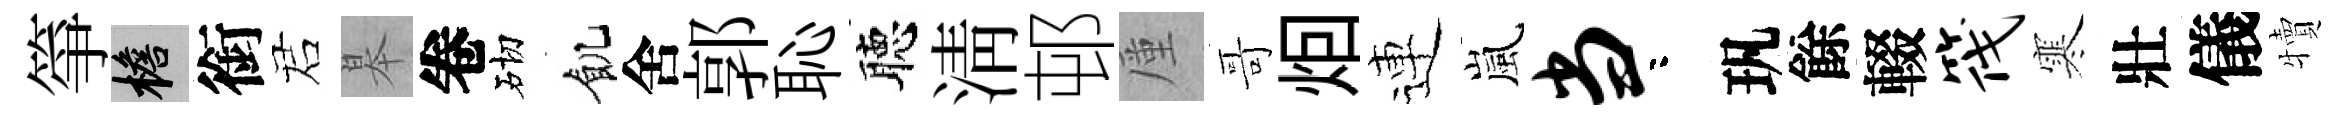
箏檐銜诺皋卷砌飢舍郭恥聴淸邨厪哥𤇆連嵐当咯㺬餘輟筏寒壯儀犢